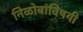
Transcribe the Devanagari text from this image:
निळोबांविषयी